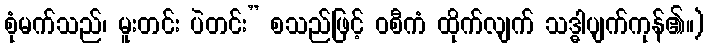
စုံမက်သည်၊ မူးတင်း ပဲတင်း” စသည်ဖြင့် ဝစီကံ ထိုက်လျက် သဒ္ဓါပျက်ကုန်၏။)